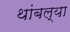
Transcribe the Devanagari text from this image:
थांबल्या